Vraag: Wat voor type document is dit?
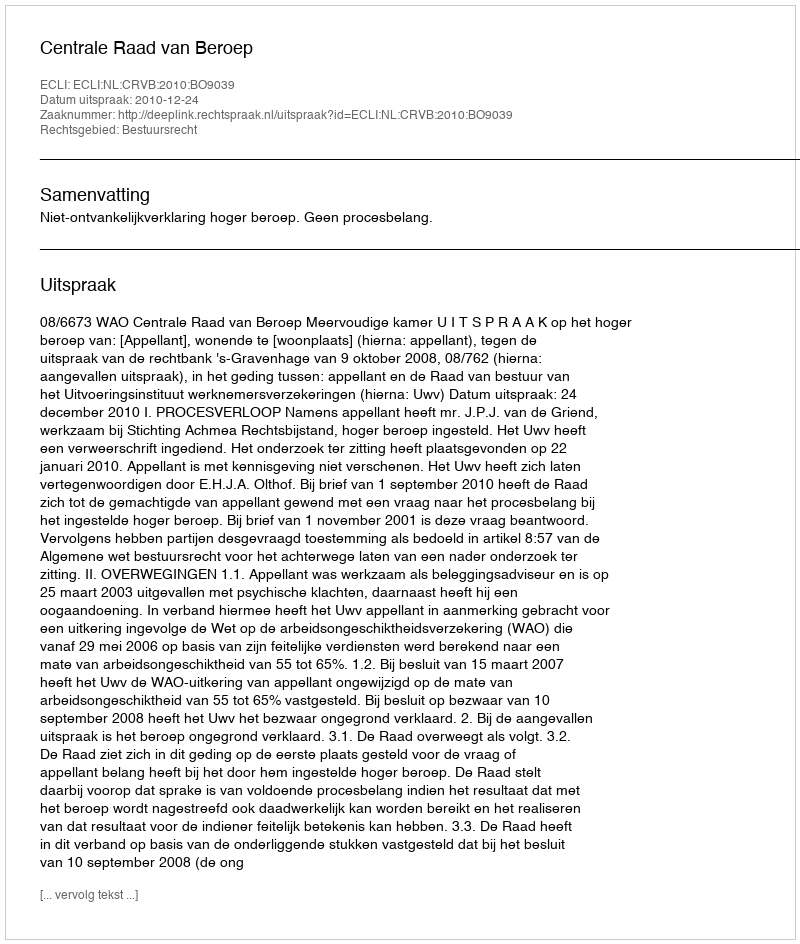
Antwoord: Uitspraak